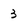
Character: 3